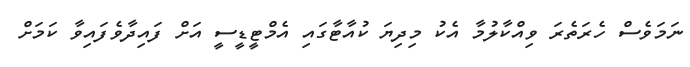
ނަމަވެސް ހެރަތެރަ ވިއްކާލުމާ އެކު މިދިޔަ ކުއާޓާގައި އެމްޓީޑީސީ އަށް ފައިދާވެފައިވާ ކަމަށް